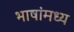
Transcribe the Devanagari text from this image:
भाषांमध्य